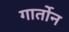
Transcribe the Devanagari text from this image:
गार्तोन